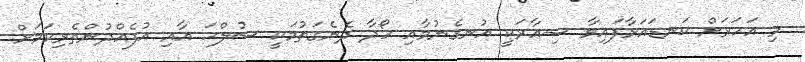
މި އަހަރަށް ކަނޑައަޅާފައިވާ ޝިއާރަކީ އުނގެނުމާއި ހޯދާ ދެނެގަތުމަކީ ސުލްޙަ އާއި އުފެއްދުންތެރިކަމަށް